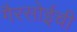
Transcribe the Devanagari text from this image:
गैरसोईची